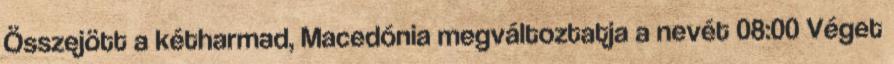
Összejött a kétharmad, Macedónia megváltoztatja a nevét 08:00 Véget